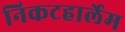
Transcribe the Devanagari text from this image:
निकटहार्लेम